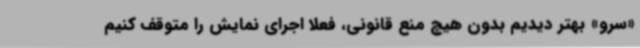
«سرو» بهتر دیدیم بدون هیچ منع قانونی، فعلا اجرای نمایش را متوقف کنیم